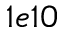
1 e 1 0